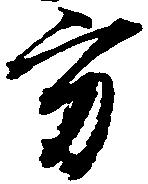
方